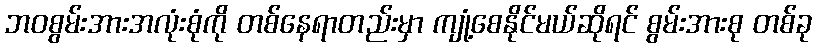
ဘဝစွမ်းအားအလုံးစုံကို တစ်နေရာတည်းမှာ ကျုံ့စေနိုင်မယ်ဆိုရင် စွမ်းအားစု တစ်ခု